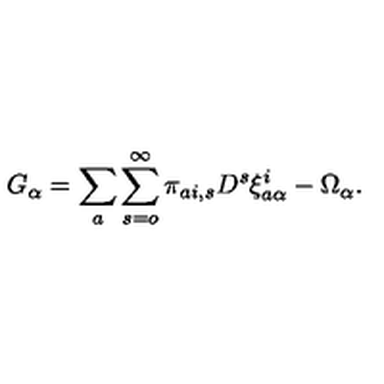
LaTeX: G _ { \alpha } = \sum _ { a } \sum _ { s = o } ^ { \infty } \pi _ { a i , s } D ^ { s } \xi _ { a \alpha } ^ { i } - \Omega _ { \alpha } .